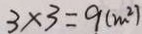
3 \times 3 = 9 ( m ^ { 2 } )